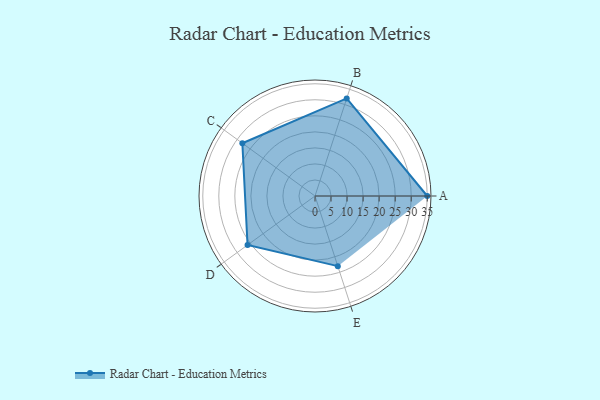
{"axis": {"x": "Skill", "y": "Score"}, "legend": ["Profile"], "data": [{"x": "A", "y": 35.0, "type": "Profile"}, {"x": "B", "y": 32.0, "type": "Profile"}, {"x": "C", "y": 28.0, "type": "Profile"}, {"x": "D", "y": 26.0, "type": "Profile"}, {"x": "E", "y": 23.0, "type": "Profile"}]}